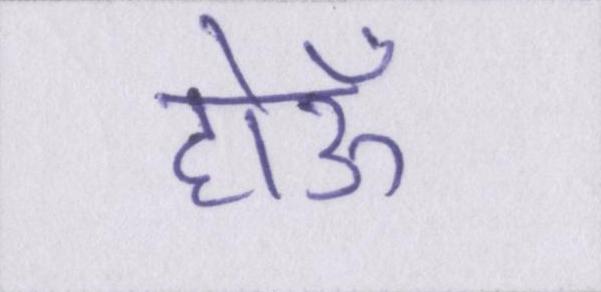
होऊँ